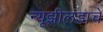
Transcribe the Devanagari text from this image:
न्यूझीलंडाचे